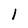
Character: l